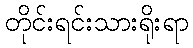
တိုင်းရင်းသားရိုးရာ